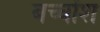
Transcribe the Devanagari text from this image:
बच्चोंश